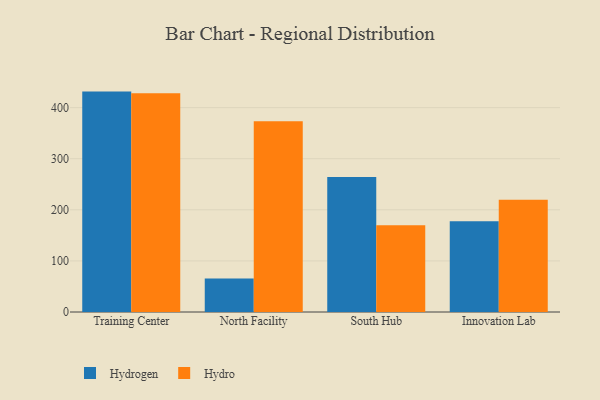
{"axis": {"x": "Campus", "y": "Inventory Turnover"}, "legend": ["Hydro", "Hydrogen"], "data": [{"x": "Training Center", "y": 431.4, "type": "Hydrogen"}, {"x": "Training Center", "y": 428.1, "type": "Hydro"}, {"x": "North Facility", "y": 65.5, "type": "Hydrogen"}, {"x": "North Facility", "y": 373.6, "type": "Hydro"}, {"x": "South Hub", "y": 264.3, "type": "Hydrogen"}, {"x": "South Hub", "y": 169.8, "type": "Hydro"}, {"x": "Innovation Lab", "y": 177.8, "type": "Hydrogen"}, {"x": "Innovation Lab", "y": 219.6, "type": "Hydro"}]}